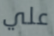
علي